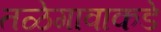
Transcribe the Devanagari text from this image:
तळेगावाकडे